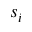
s _ { i }